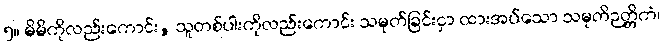
၅။ မိမိကိုလည်းကောင်း, သူတစ်ပါးကိုလည်းကောင်း သမုတ်ခြင်းငှာ ထားအပ်သော သမုတိဉတ္တိကံ၊